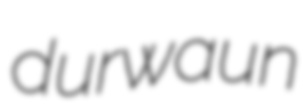
durwaun